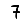
Digit: 7